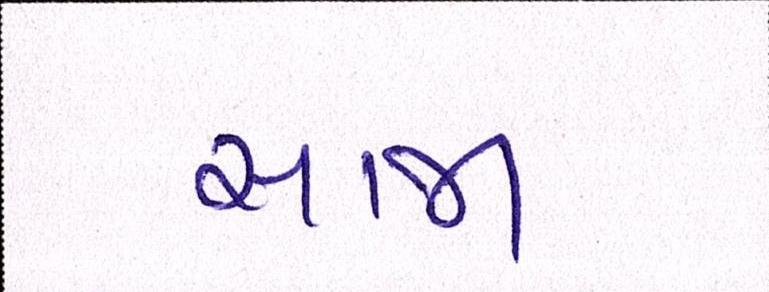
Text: સાજા